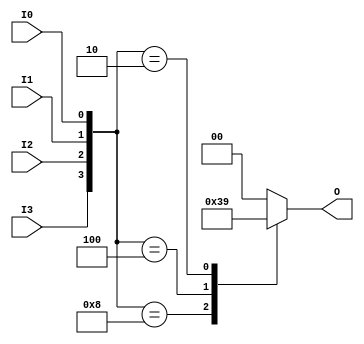
module relative_encoder (
    input wire I0,        // Input 0
    input wire I1,        // Input 1
    input wire I2,        // Input 2
    input wire I3,        // Input 3
    output reg [1:0] O    // 2-bit Output
);

    always @(*) begin
        case ({I3, I2, I1, I0}) // Concatenate inputs for priority encoding
            4'b1000: O = 2'b11; // I3 active
            4'b0100: O = 2'b10; // I2 active
            4'b0010: O = 2'b01; // I1 active
            4'b0001: O = 2'b00; // I0 active
            default: O = 2'b00;  // No active inputs
        endcase
    end

endmodule